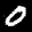
Label: 0